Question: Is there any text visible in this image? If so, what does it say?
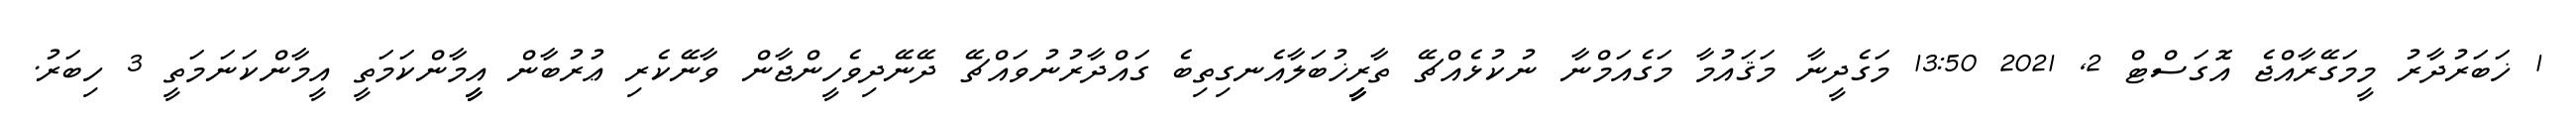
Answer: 1 ޚަބަރުދާރު މީމަގޭރާއްޖެ އޮގަސްޓް 2, 2021 13:50 މަގެދީނާ މަޤައުމާ މަގެއަމްނާ ނުކުޅެއްޗޭ ތާރީީީީޚުބަލާއެނގިތިބެ ގައްދާރުނުވައްޗޭ ދޭނޭދިވެހީންޖާން ވާނޭކެރި ޢުރުބާން އީީމާންކަމަތީ އީމާންކަނަމަތީ 3 ހިބަރު.